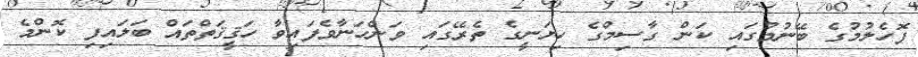
ފޮހެލުމުގެ ބޭނުމުގައި ކަން ގާސިމްގެ ހިޔަނީގެ ތެރޭގައި ވަންހަނާވެފައިވާ ހަޤީޤަތްތައް ބަލައިފި ކޮންމެ